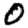
Digit: 0